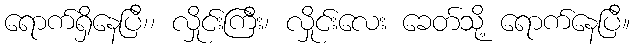
ရောက်ရှိနေပြီ၊၊ လှိုင်းကြီး၊ လှိုင်းလေး ခေတ်သို့ ရောက်နေပြီ။